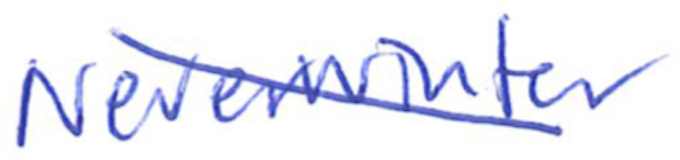
Text: Neverwinter
Cross-out: diagonal
Writing tool: ballpoint